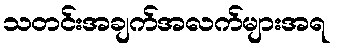
သတင်းအချက်အလက်များအရ